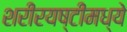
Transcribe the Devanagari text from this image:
शरीरयष्टीमध्ये